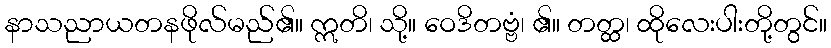
နာသညာယတနဖိုလ်မည်၏။ ဣတိ၊ သို့။ ဝေဒိတဗ္ဗံ၊ ၏။ တတ္ထ၊ ထိုလေးပါးတို့တွင်။